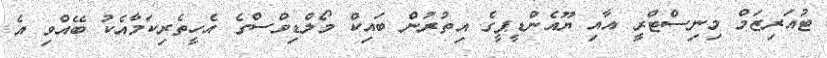
ޓުއަރިޒަމް މިނިސްޓްރީ އާއި ޔޫއެންޑީޕީގެ އިތުރުން ބައިކް މޯލްޑިވްސްގެ އެހީތެރިކަމާއެކު ބޭއްވި އެ